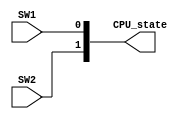
//CPU
/*SW1SW17110
   SW2SW16110
   CPU_state2SW1SW2=01(IN)SW1SW2=10CHECKSW1SW2=11RUN
*/

module CPU_Controller(SW1,SW2,CPU_state);

input SW1,SW2;
output [1:0] CPU_state;

assign CPU_state = {SW2,SW1};

endmodule